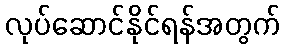
လုပ်ဆောင်နိုင်ရန်အတွက်